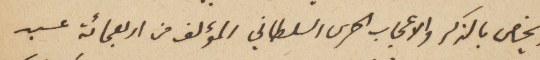
ويخص بالذكر والاعجاب الحرس السلطاني المؤلف من اربعمائة عبد